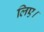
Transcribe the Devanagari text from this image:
लिए।